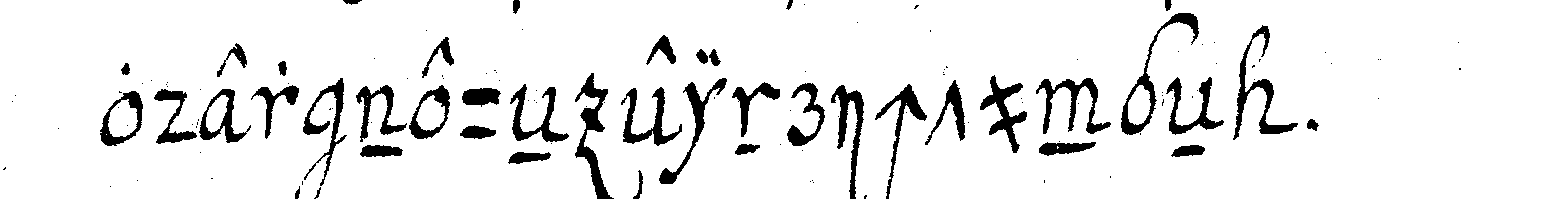
oder neu einrichtungeN .